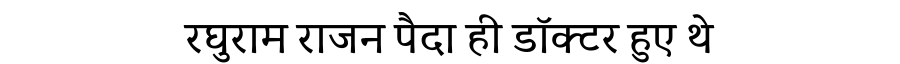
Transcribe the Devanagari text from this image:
रघुराम राजन पैदा ही डॉक्टर हुए थे